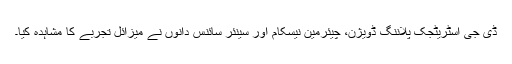
ڈی جی اسٹریٹجک پلاننگ ڈویژن، چیئرمین نیسکام اور سینئر سائنس دانوں نے میزائل تجربے کا مشاہدہ کیا۔